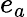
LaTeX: e_{a}